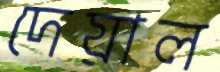
দেয়াল